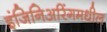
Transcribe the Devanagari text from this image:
इंजिनिअरिंगमधील